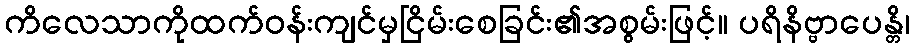
ကိလေသာကိုထက်ဝန်းကျင်မှငြိမ်းစေခြင်း၏အစွမ်းဖြင့်။ ပရိနိဗ္ဗာပေန္တိ၊